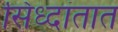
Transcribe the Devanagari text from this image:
सिध्दांतात